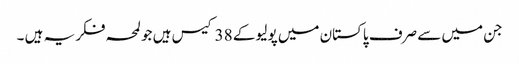
جن میں سے صرف پاکستان میں پولیو کے 38 کیس ہیں جو لمحہ فکریہ ہیں ۔